Reports on dispensaries and lunatic asylums in the Province of Oudh - 1869-1876
Year: 1869
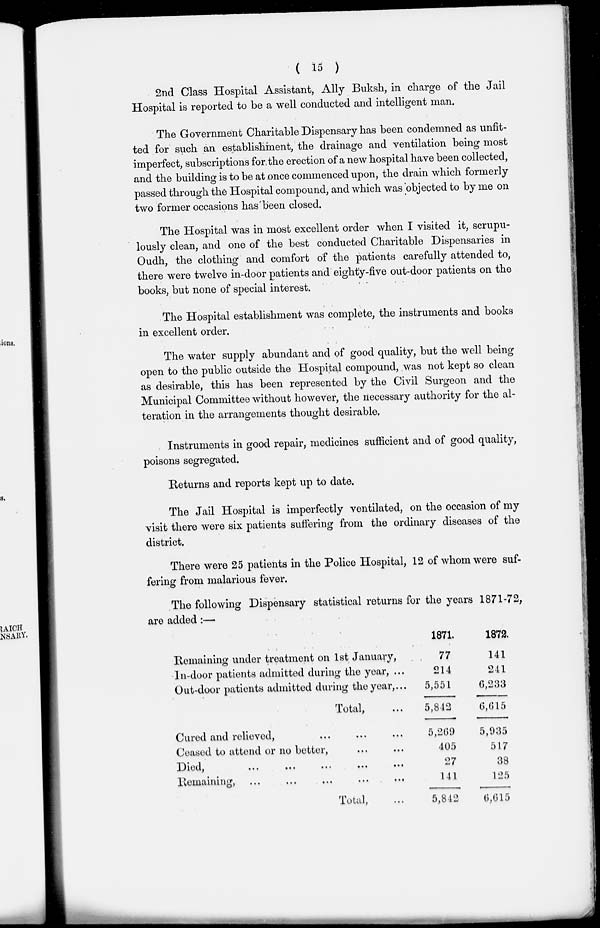
( 15 )
2nd Class Hospital Assistant, Ally Buksh, in charge of the Jail
Hospital is reported to be a well conducted and intelligent man.
The Government Charitable Dispensary has been condemned as unfit-
ted for such an establishment, the drainage and ventilation being most
imperfect, subscriptions for the erection of a new hospital have been collected,
and the building is to be at once commenced upon, the drain which formerly
passed through the Hospital compound, and which was objected to by me on
two former occasions has been closed.
The Hospital was in most excellent order when I visited it, scrupu-
lously clean, and one of the best conducted Charitable Dispensaries in
Oudh, the clothing and comfort of the patients carefully attended to,
there were twelve in-door patients and eighty-five out-door patients on the
books, but none of special interest.
The Hospital establishment was complete, the instruments and books
in excellent order.
The water supply abundant and of good quality, but the well being
open to the public outside the Hospital compound, was not kept so clean
as desirable, this has been represented by the Civil Surgeon and the
Municipal Committee without however, the necessary authority for the al-
teration in the arrangements thought desirable.
Instruments in good repair, medicines sufficient and of good quality,
poisons segregated.
Returns and reports kept up to date.
The Jail Hospital is imperfectly ventilated, on the occasion of my
visit there were six patients suffering from the ordinary diseases of the
district.
There were 25 patients in the Police Hospital, 12 of whom were suf-
fering from malarious fever.
The following Dispensary statistical returns for the years 1871-72,
are added:—
Remaining under treatment on 1st January,
In-door patients admitted during the year, ...
Out-door patients admitted during the year, ...
Total, ...
Cured and relieved, ... ... ...
Ceased to attend or no better, ... ...
Died, ... ... ... ... ...
Remaining, ... ... ... ... ...
Total, ...
1871.
77
214
5,551
5,842
5,269
405
27
141
5,842
1872.
141
241
6,233
6,615
5,935
517
38
125
6,615